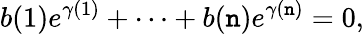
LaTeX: b(1)e^{\gamma(1)}+\cdots+b(\mathtt{n})e^{\gamma(\mathtt{n})}=0,